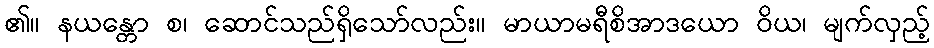
၏။ နယန္တော စ၊ ဆောင်သည်ရှိသော်လည်း။ မာယာမရီစိအာဒယော ဝိယ၊ မျက်လှည့်